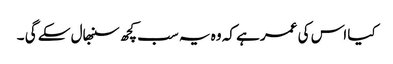
کیا اس کی عمر ہے کہ وہ یہ سب کچھ سنبھال سکے گی ۔